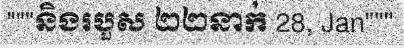
"""និងរបួស ២២នាក់ 28, Jan"""